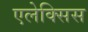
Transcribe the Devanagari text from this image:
एलेक्‍सिस